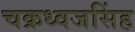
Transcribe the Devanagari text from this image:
चक्रध्वजसिंह